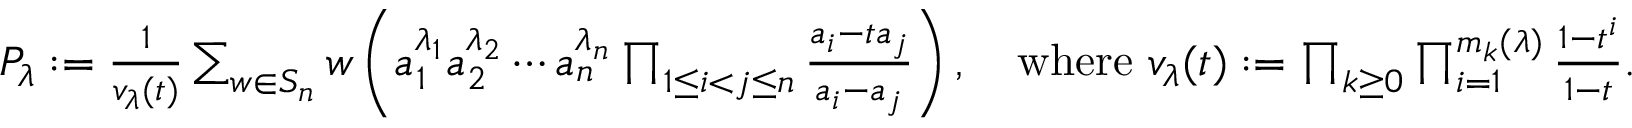
\begin{array} { r } { P _ { \lambda } : = \frac { 1 } { v _ { \lambda } ( t ) } \sum _ { w \in S _ { n } } w \left( a _ { 1 } ^ { \lambda _ { 1 } } a _ { 2 } ^ { \lambda _ { 2 } } \cdots a _ { n } ^ { \lambda _ { n } } \prod _ { 1 \leq i < j \leq n } \frac { a _ { i } - t a _ { j } } { a _ { i } - a _ { j } } \right) , \quad \mathrm { w h e r e ~ } v _ { \lambda } ( t ) : = \prod _ { k \geq 0 } \prod _ { i = 1 } ^ { m _ { k } ( \lambda ) } \frac { 1 - t ^ { i } } { 1 - t } . } \end{array}